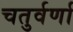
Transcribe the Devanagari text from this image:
चतुर्वर्णा